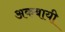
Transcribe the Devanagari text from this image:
अकबायी